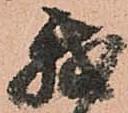
我